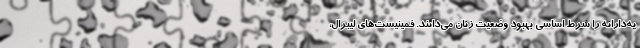
یه‌دارانه را شرط اساسی بهبود وضعیت زنان می‌دانند. فمینیست‌های لیبرال،